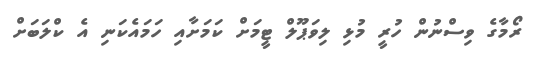
ރޯމާގެ ވިސްނުން ހުރީ މުޅި ލިވަޕޫލް ޓީމަށް ކަމަށާއި ހަމައެކަނި އެ ކްލަބަށް